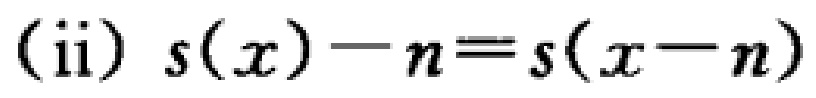
(ii) \(s(x)-n\equiv s(x - n)\)